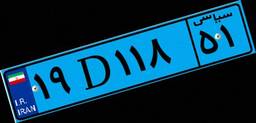
۴۷D۷۰۱۲۱